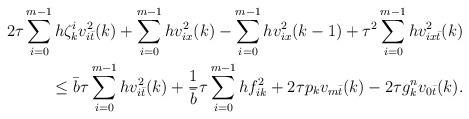
LaTeX: \begin{align*}2\tau\sum\limits_{i=0}^{m-1}h\zeta_k^iv_{i\bar t}^2(k) +\sum\limits_{i=0}^{m-1}hv_{ix}^2(k)-\sum\limits_{i=0}^{m-1}hv_{ix}^2(k-1)+ \tau^2\sum\limits_{i=0}^{m-1}hv_{ix\bar t}^2(k) \\ \leq \bar b\tau\sum\limits_{i=0}^{m-1}hv_{i\bar t}^2(k) + \frac1{\bar b}\tau\sum\limits_{i=0}^{m-1}hf_{ik}^2 +2\tau p_kv_{m\bar t}(k)-2\tau g_k^nv_{0\bar t}(k) .\end{align*}